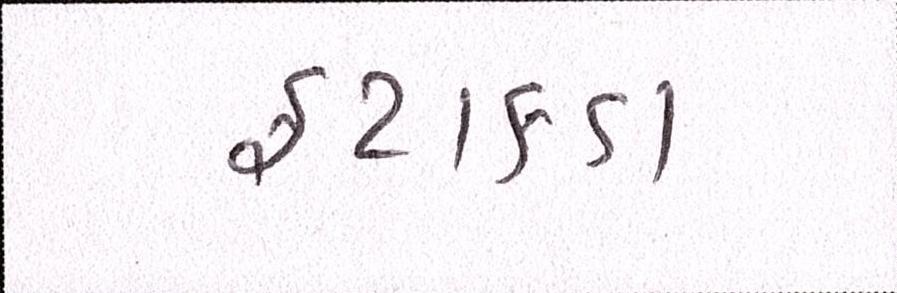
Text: ફટાકડા